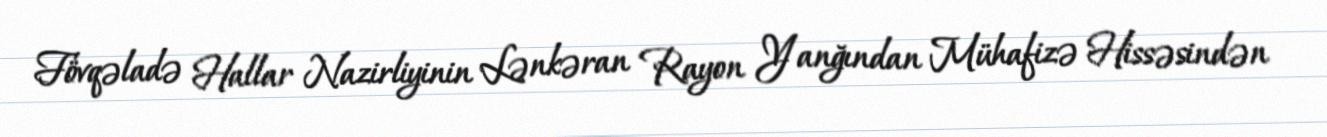
Fövqəladə Hallar Nazirliyinin Lənkəran Rayon Yanğından Mühafizə Hissəsindən